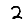
Digit: 2